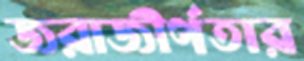
জরাজীর্ণতার